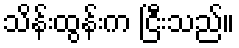
သိန်းထွန်းက ငြီးသည်။